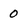
Character: 0